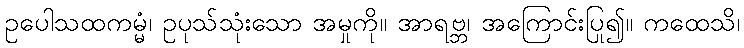
ဥပေါသထကမ္မံ၊ ဥပုသ်သုံးသော အမှုကို။ အာရဗ္ဘ၊ အကြောင်းပြု၍။ ကထေသိ၊